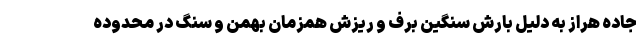
جاده هراز به دلیل بارش سنگین برف و ریزش همزمان بهمن و سنگ در محدوده